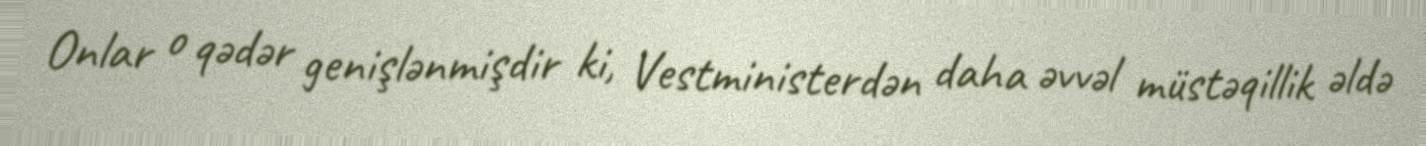
Onlar o qədər genişlənmişdir ki, Vestministerdən daha əvvəl müstəqillik əldə